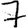
Digit: 7